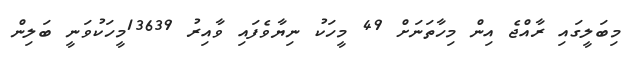
މިބަލީގައި ރާއްޖެ އިން މިހާތަނަށް 49 މީހަކު ނިޔާވެފައި ވާއިރު 13639މީހަކުވަނީ ބަލިން